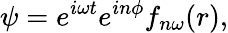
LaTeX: \psi=e^{i\omega t}e^{in\phi}f_{n\omega}(r),